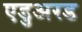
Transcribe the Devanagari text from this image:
एडुअरड